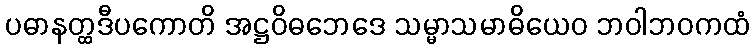
ပဓာနတ္ထဒီပကောတိ အဋ္ဌဝိဓဘေဒေ သမ္မာသမာဓိယေဝ ဘဝါဘဝကထံ